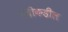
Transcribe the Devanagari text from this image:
नदीकडील